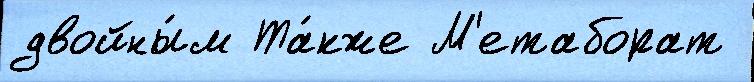
двойны́м Та́кже М'етаборат